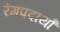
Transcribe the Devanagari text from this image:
रंगपदार्थां